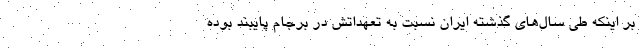
بر اینکه طی سال‌های گذشته ایران نسبت به تعهداتش در برجام پایبند بوده